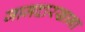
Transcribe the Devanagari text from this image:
जामदारखाना